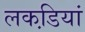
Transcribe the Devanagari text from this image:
लकडि़यां